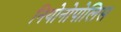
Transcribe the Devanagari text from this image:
नियोनोपोलिस